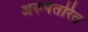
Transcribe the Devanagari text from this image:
अरूपंतरित